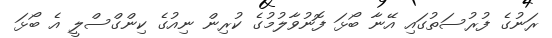
ރަނުގެ ފުރުސަތުގައި އޭނާ ބޯޅަ ފޮނުވާލުމުގެ ކުރިން ނިއުގެ ކިންގްސްލީ އެ ބޯޅަ